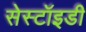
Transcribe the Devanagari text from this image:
सेस्टॉइडी